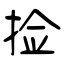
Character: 捡